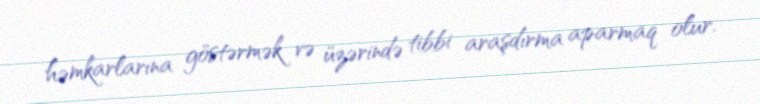
həmkarlarına göstərmək və üzərində tibbi araşdırma aparmaq olur.